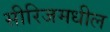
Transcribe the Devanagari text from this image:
सीरिजमधील